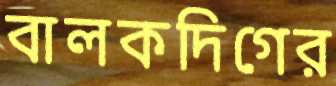
বালকদিগের